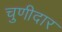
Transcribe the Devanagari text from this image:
चुणीदार